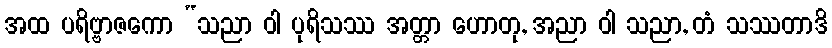
အထ ပရိဗ္ဗာဇကော “သညာ ဝါ ပုရိသဿ အတ္တာ ဟောတု, အညာ ဝါ သညာ, တံ သဿတာဒိ